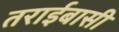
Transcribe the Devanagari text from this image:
तराईबासी